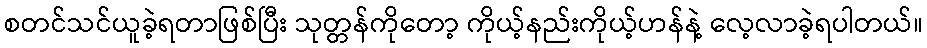
စတင်သင်ယူခဲ့ရတာဖြစ်ပြီး သုတ္တန်ကိုတော့ ကိုယ့်နည်းကိုယ့်ဟန်နဲ့ လေ့လာခဲ့ရပါတယ်။